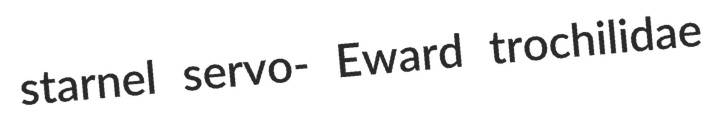
starnel servo- Eward trochilidae